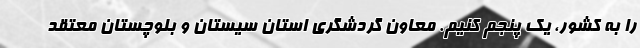
را به کشور، یک پنجم کنیم. معاون گردشگری استان سیستان و بلوچستان معتقد